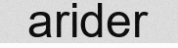
arider